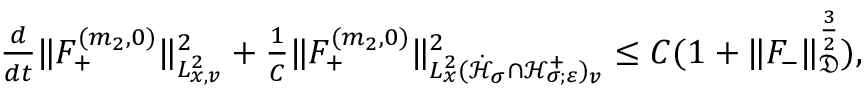
\begin{array} { r l } & { \frac { d } { d t } \| F _ { + } ^ { ( m _ { 2 } , 0 ) } \| _ { L _ { x , v } ^ { 2 } } ^ { 2 } + \frac { 1 } { C } \| F _ { + } ^ { ( m _ { 2 } , 0 ) } \| _ { L _ { x } ^ { 2 } ( \dot { \mathcal H } _ { \sigma } \cap \mathcal H _ { \sigma ; \varepsilon } ^ { + } ) _ { v } } ^ { 2 } \leq C ( 1 + \| F _ { - } \| _ { \mathfrak D } ^ { \frac { 3 } { 2 } } ) , } \end{array}